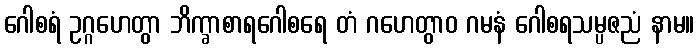
ဂေါစရံ ဥဂ္ဂဟေတွာ ဘိက္ခာစာရဂေါစရေ တံ ဂဟေတွာဝ ဂမနံ ဂေါစရသမ္ပဇညံ နာမ။